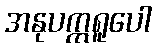
အနုပက္ကရူပေါ